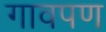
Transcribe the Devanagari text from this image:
गावपण